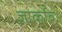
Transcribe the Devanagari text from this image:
ज़ार्कोव।